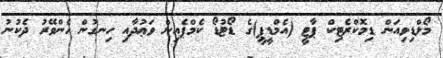
މޯލްޑިވިއަން ޑިމޮކްރެޓިކް ޕާޓީ (އެމްޑީޕީ)ގެ ޑޯޓުޑޯ ކެމްޕެއިން ވަޢުދާއި ހިނގުން ހެންވޭރު ދެކުނު